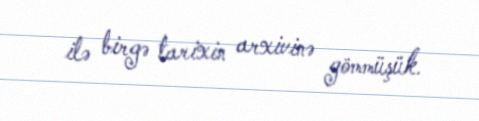
ilə birgə tarixin arxivinə gömmüşük.